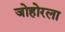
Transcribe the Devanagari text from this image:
जोहोरला